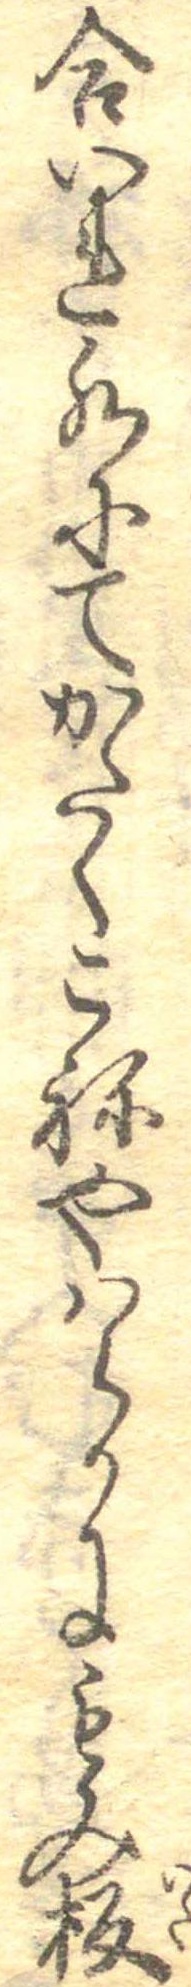
合いれ水にてかたくこねやはらかにもみ板